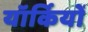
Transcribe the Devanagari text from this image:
यॉर्कियों